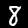
Label: 8